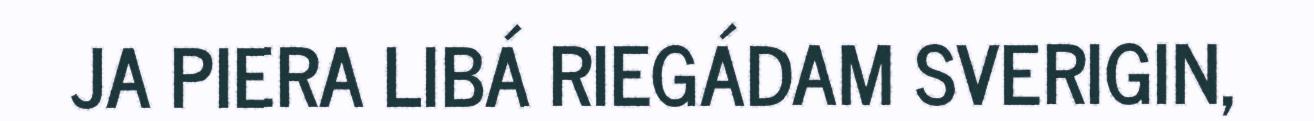
JA PIERA LIBÁ RIEGÁDAM SVERIGIN,